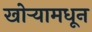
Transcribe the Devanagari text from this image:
खोर्‍यामधून